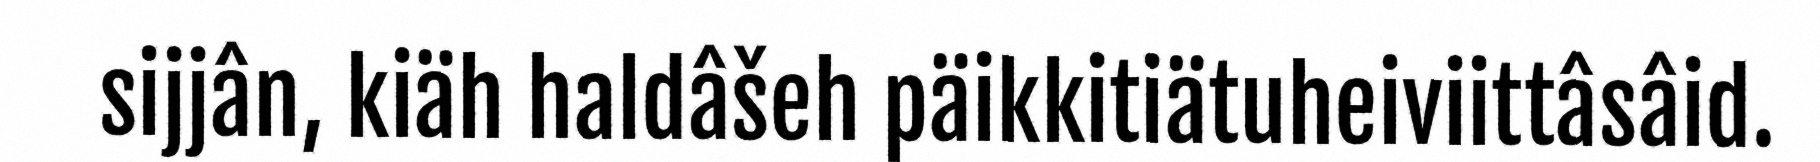
sijjân, kiäh haldâšeh päikkitiätuheiviittâsâid.